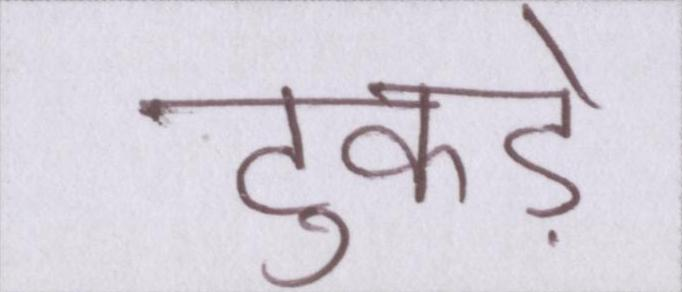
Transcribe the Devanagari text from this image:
टुकड़े